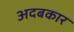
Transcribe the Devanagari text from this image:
अदबकार